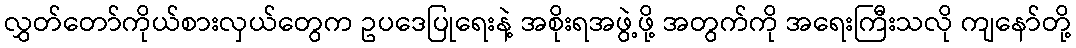
လွှတ်တော်ကိုယ်စားလှယ်တွေက ဥပဒေပြုရေးနဲ့ အစိုးရအဖွဲ့ဖို့ အတွက်ကို အရေးကြီးသလို ကျနော်တို့